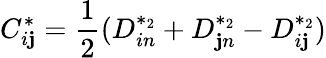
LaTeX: C_{i\mathbf{j}}^{*}=\frac{{1}}{{2}}(D_{in}^{*_{2}}+D_{\mathbf{j}n}^{*_{2}}-D_{i\mathbf{j}}^{*_{2}})